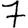
Digit: 7